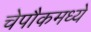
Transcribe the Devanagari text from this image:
चेपौकमध्ये